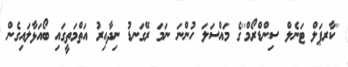
''ކާރޕަލް ޓަނެލް ސިންޑްރޯމް''ގެ މައްސަލަ ހުންނަ ނަމަ ރޭގަނޑު ނިދާއިރު އަތްމަތީގައި ބޯއަޅާލައިގެން